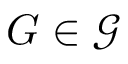
G \in \mathcal G